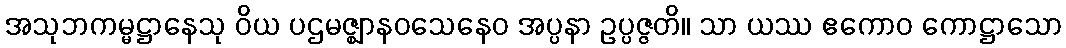
အသုဘကမ္မဋ္ဌာနေသု ဝိယ ပဌမဇ္ဈာနဝသေနေဝ အပ္ပနာ ဥပ္ပဇ္ဇတိ။ သာ ယဿ ဧကောဝ ကောဋ္ဌာသော